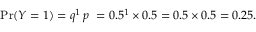
\operatorname* { P r } ( Y = 1 ) = q ^ { 1 } \, p \ = 0 . 5 ^ { 1 } \times 0 . 5 = 0 . 5 \times 0 . 5 = 0 . 2 5 .